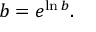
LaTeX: b = e ^ { \ln b } .